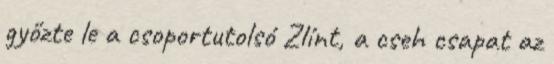
győzte le a csoportutolsó Zlínt, a cseh csapat az